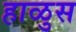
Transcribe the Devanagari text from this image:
हाळुस